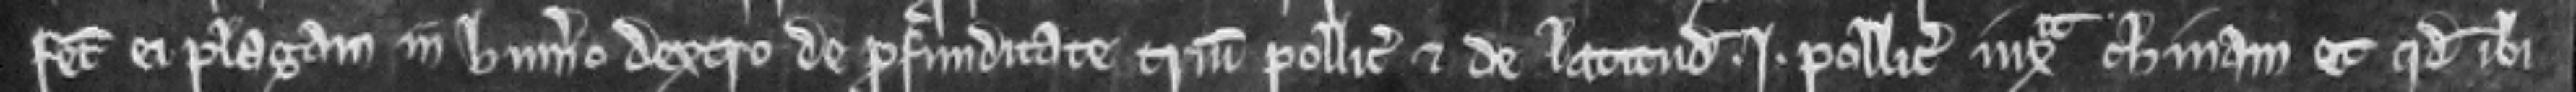
fecit ei plagam in humero dextro de profunditate trium pollicum et de latitudine i pollicis juxta chinam et quod ibi